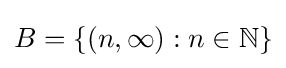
B=\{(n,\infty ):n\in \mathbb {N} \}